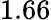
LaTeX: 1.66